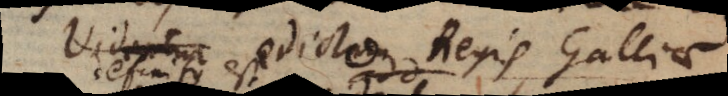
in edicto Regis Galliae